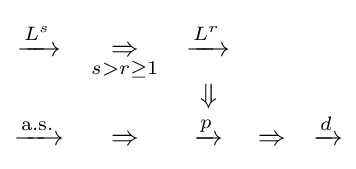
{\begin{matrix}{\xrightarrow {\overset {}{L^{s}}}}&{\underset {s>r\geq 1}{\Rightarrow }}&{\xrightarrow {\overset {}{L^{r}}}}&&\\&&\Downarrow &&\\{\xrightarrow {\text{a.s.}}}&\Rightarrow &{\xrightarrow {p}}&\Rightarrow &{\xrightarrow {d}}\end{matrix}}